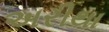
અરીથા